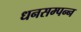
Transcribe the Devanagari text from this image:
धनसम्पन्न